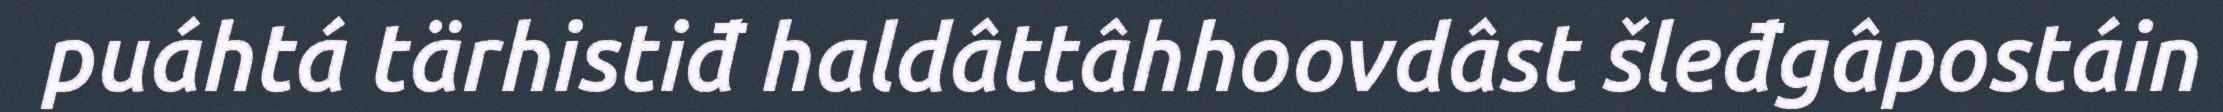
puáhtá tärhistiđ haldâttâhhoovdâst šleđgâpostáin